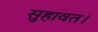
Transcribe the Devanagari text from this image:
सुहावत।